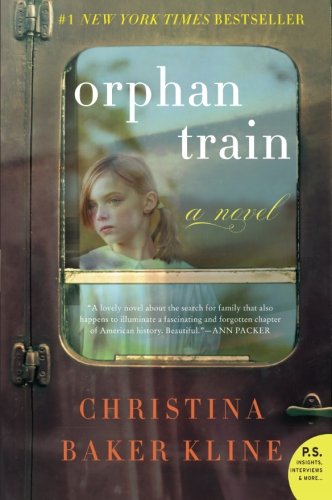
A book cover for Orphan Train; Christina Baker Kline; Literature & Fiction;